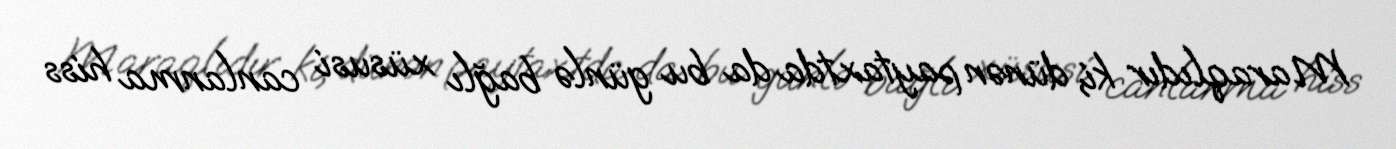
Maraqlıdır ki, dünən paytaxtda da bu günlə bağlı xüsusi canlanma hiss